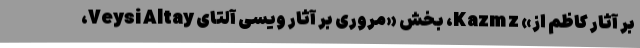
بر آثار کاظم اُز» Kazm z، بخش «مروری بر آثار ویسی آلتای Veysi Altay،